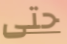
حتى